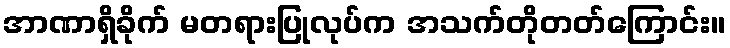
အာဏာရှိခိုက် မတရားပြုလုပ်က အသက်တိုတတ်ကြောင်း။